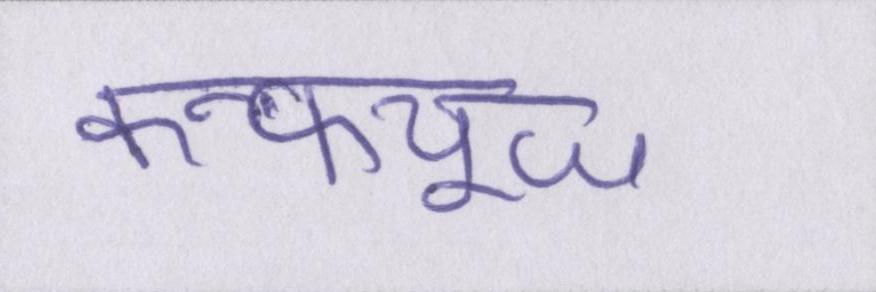
कन्फ्यूज